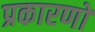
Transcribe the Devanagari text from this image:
प्रकारणों